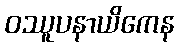
ဝဿူပနာယိကေန